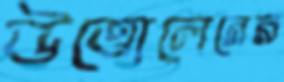
উত্তোলেনের